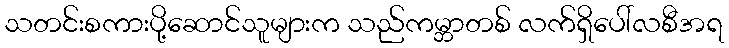
သတင်းစကားပို့ဆောင်သူများက သည်ကမ္ဘာတစ် လက်ရှိပေါ်လစီအရ